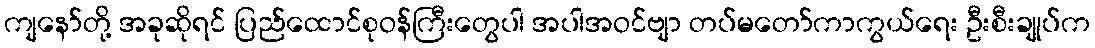
ကျနော်တို့ အခုဆိုရင် ပြည်ထောင်စုဝန်ကြီးတွေပါ အပါအဝင်ဗျာ တပ်မတော်ကာကွယ်ရေး ဦးစီးချုပ်က